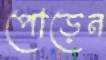
পোড়েন